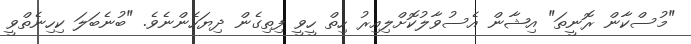
"މުސްކާން ރޮނީތަ" އިޝާން އެސުވާލުކޮށްލިއިރު ހިތް ހީވީ ފިތިގެން ދިޔަހެންނެވެ. "ބުނެބަލަ ކިހިނެތްވީ